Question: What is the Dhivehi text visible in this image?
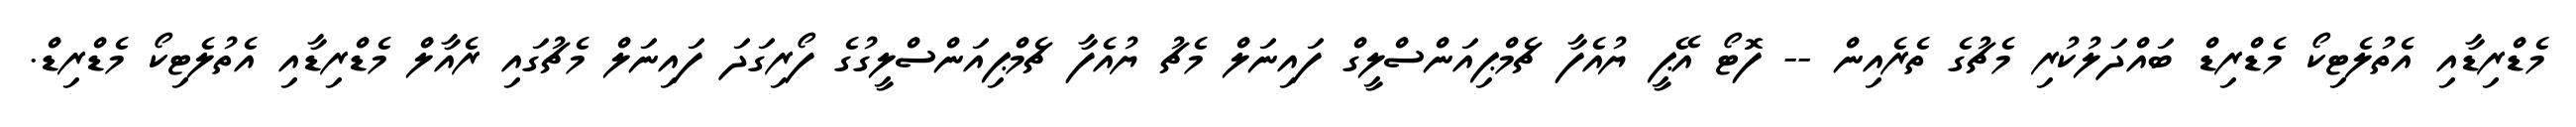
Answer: މެޑްރިޑާއި އެތުލެޓިކޯ މެޑްރިޑް ބައްދަލުކުރި މެޗުގެ ތެރެއިން -- ފޮޓޯ އޭޕީ ޔުއެފާ ޗެމްޕިއަންސްލީގް ފައިނަލް މެޗު ޔުއެފާ ޗެމްޕިއަންސްލީގުގެ ފޯރިގަދަ ފައިނަލް މެޗުގައި ރެއާލް މެޑްރިޑާއި އެތުލެޓިކޯ މެޑްރިޑް.